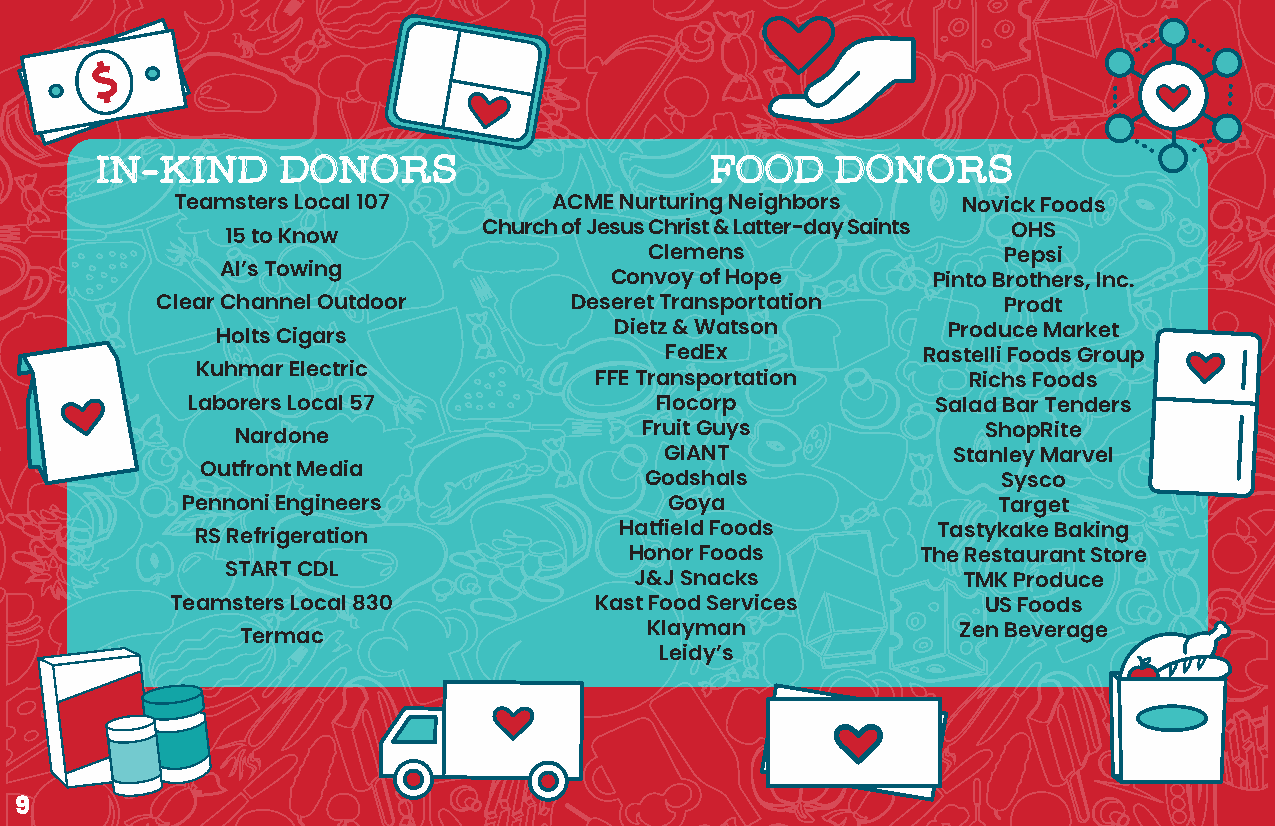
I�-K�N�      �O�O�S                      F�O�    �O�O�S�
 Teamsters Local 107       ACME Nurturing Neighbors   Novick Foods
 15 to Know       Church of Jesus Christ & Latter-day Saints OHS
 Clemens                Pepsi
 Al’s Towing
 Convoy of Hope        Pinto Brothers, Inc.
 Clear Channel Outdoor       Deseret Transportation       Prodt
 Holts Cigars               Dietz & Watson        Produce Market
 FedEx            Rastelli Foods Group
 Kuhmar Electric
 FFE Transportation       Richs Foods
 Laborers Local 57              Flocorp            Salad Bar Tenders
 Nardone                    Fruit Guys            ShopRite
 GIANT              Stanley Marvel
 Outfront Media
 Godshals               Sysco
 Pennoni Engineers               Goya                  Target
 RS Refrigeration            Hatfield Foods       Tastykake Baking
 Honor Foods        The Restaurant Store
 START CDL
 J&J Snacks            TMK Produce
 Teamsters Local 830         Kast Food Services        US Foods
 Termac                     Klayman              Zen Beverage
 Leidy’s
 9